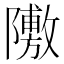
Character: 𲉣